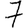
Digit: 7